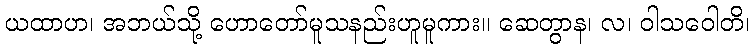
ယထာဟ၊ အဘယ်သို့ ဟောတော်မူသနည်းဟူမူကား။ ဆေတွာန၊ လ၊ ဝါသဝေါတိ၊